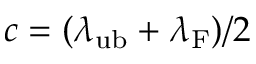
c = ( \lambda _ { \mathrm { u b } } + \lambda _ { \mathrm { F } } ) / 2